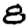
Digit: 8